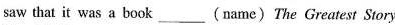
saw that it was a book ___ (name) The Greatest Story